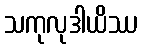
သကုလုဒါယိဿ